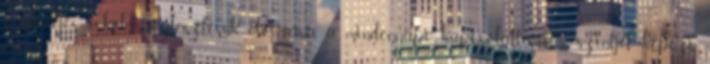
szükséges iskolai fejlesztésük előírása a mindennapi kapcsolattartás szintjét képezi